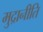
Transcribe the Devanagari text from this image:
मुद्रानीति